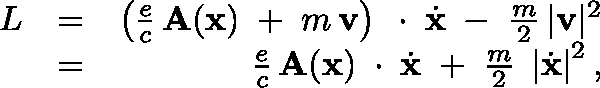
\begin{array} { r l r } { L } & { = } & { \left( \frac { e } { c } \, { \bf A } ( { \bf x } ) \; + \; m \, { \bf v } \right) \, \mathrm { \boldmath ~ \cdot ~ } \, \dot { \bf x } \; - \; \frac { m } { 2 } \, | { \bf v } | ^ { 2 } } \\ & { = } & { \frac { e } { c } \, { \bf A } ( { \bf x } ) \, \mathrm { \boldmath ~ \cdot ~ } \, \dot { \bf x } \; + \; \frac { m } { 2 } \; \left| \dot { \bf x } \right| ^ { 2 } , } \end{array}